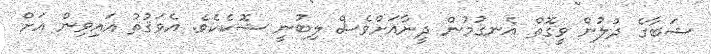
ޝަބާގެ ދުލުން ވީގޮތް އެނގުމުން ދީނާއަށްވެސް ލިބުނީ ޝޮކެކެވެ. އެވަޤުތު އައިވިން އަށް